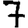
Digit: 7